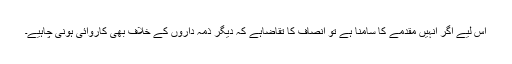
اس لیے اگر انہیں مقدمے کا سامنا ہے تو انصاف کا تقاضاہے کہ دیگر ذمہ داروں کے خلاف بھی کاروائی ہونی چاہیے۔